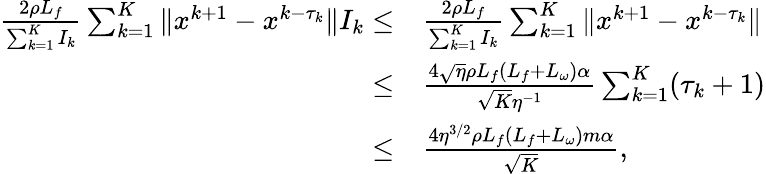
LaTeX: \begin{array}{rl}{\frac{2\rho L_{f}}{\sum_{k=1}^{K}I_{k}}\sum_{k=1}^{K}\| x^{k+1}-x^{k-\tau_{k}}\| I_{k}\leq}&{\frac{2\rho L_{f}}{\sum_{k=1}^{K}I_{k}}\sum_{k=1}^{K}\| x^{k+1}-x^{k-\tau_{k}}\| }\\ {\leq}&{\frac{4\sqrt{\eta}\rho L_{f}(L_{f}+L_{\omega})\alpha}{\sqrt{K}\eta^{-1}}\sum_{k=1}^{K}(\tau_{k}+1)}\\ {\leq}&{\frac{4\eta^{3/2}\rho L_{f}(L_{f}+L_{\omega})m\alpha}{\sqrt{K}},}\end{array}